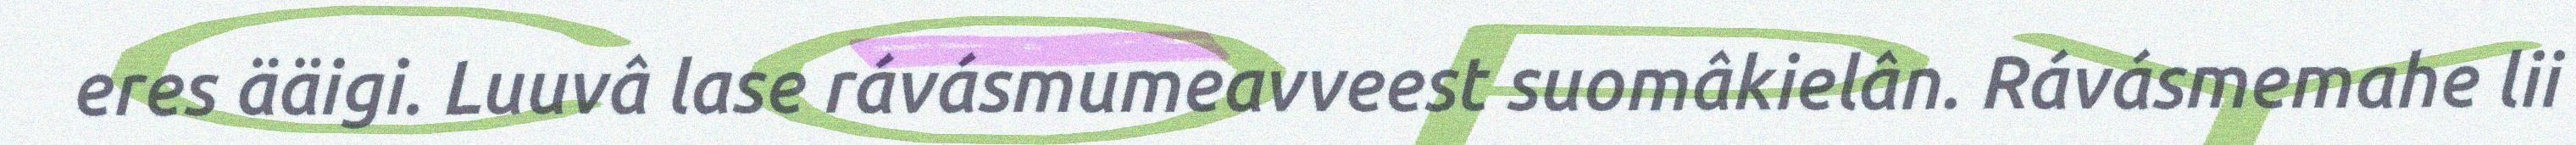
eres ääigi. Luuvâ lase rávásmumeavveest suomâkielân. Rávásmemahe lii